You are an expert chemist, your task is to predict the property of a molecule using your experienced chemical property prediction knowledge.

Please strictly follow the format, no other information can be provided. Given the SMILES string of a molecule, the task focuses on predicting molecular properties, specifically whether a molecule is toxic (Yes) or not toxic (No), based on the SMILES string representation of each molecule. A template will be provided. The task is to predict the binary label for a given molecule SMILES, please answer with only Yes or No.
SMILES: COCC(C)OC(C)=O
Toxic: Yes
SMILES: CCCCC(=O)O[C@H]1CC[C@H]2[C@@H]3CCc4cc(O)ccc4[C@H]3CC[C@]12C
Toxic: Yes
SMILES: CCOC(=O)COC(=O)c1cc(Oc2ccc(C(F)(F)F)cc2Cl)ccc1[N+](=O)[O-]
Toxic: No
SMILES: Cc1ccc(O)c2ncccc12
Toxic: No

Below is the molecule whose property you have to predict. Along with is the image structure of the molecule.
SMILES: Clc1cc(C(Cl)(Cl)Cl)cnc1Cl
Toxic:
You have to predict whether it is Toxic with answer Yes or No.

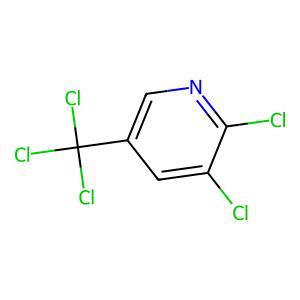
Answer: No